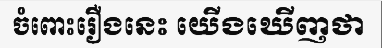
ចំពោះរឿងនេះ យើងឃើញថា